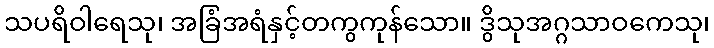
သပရိဝါရေသု၊ အခြံအရံနှင့်တကွကုန်သော။ ဒွိသုအဂ္ဂသာဝကေသု၊